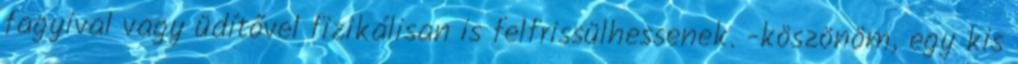
fagyival vagy üdítővel fizikálisan is felfrissülhessenek. -köszönöm, egy kis